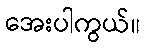
အေးပါကွယ်။